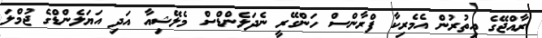
ރާއްޖޭގެ އިތުރުން އެމެރިކާ ފްރާންސް ހަންގޭރީ ނެދަލެންޑްސް މެލޭޝިއާ އަދި އަޔަލެންޑްގެ ޖުމްލަ